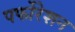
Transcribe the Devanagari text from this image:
पर्फोरेशन